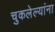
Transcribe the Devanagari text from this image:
चुकलेल्यांना